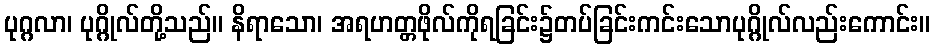
ပုဂ္ဂလာ၊ ပုဂ္ဂိုလ်တို့သည်။ နိရာသော၊ အရဟတ္တဖိုလ်ကိုရခြင်း၌တပ်ခြင်းကင်းသောပုဂ္ဂိုလ်လည်းကောင်း။